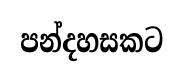
පන්දහසකට